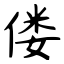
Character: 偻